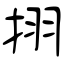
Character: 挧